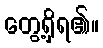
တွေ့ရှိရ၏။